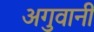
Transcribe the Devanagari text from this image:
अगुवानी